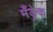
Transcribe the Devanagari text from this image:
मँड्रेक